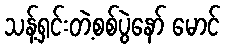
သန့်ရှင်းတဲ့စစ်ပွဲနော် မောင်